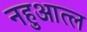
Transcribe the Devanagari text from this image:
नहुआत्ल